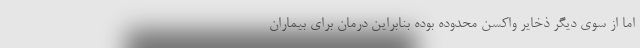
اما از سوی دیگر ذخایر واکسن محدوده بوده بنابراین درمان برای بیماران